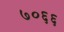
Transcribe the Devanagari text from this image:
७०६६